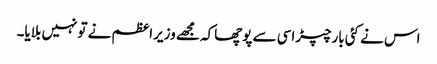
اس نے کئی بارچپڑاسی سے پوچھاکہ مجھے وزیراعظم نے تونہیں بلایا۔